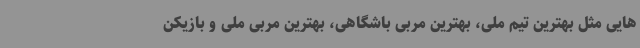
هایی مثل بهترین تیم ملی، بهترین مربی باشگاهی، بهترین مربی ملی و بازیکن